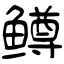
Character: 鳟